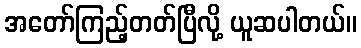
အတော်ကြည့်တတ်ပြီလို့ ယူဆပါတယ်။